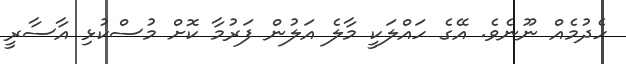
ހެދުމެއް ނޫނެވެ. އޭގެ ހައްލަކީ މާލެ އަލުން ފަރުމާ ކޮށް މުސްކުޅި އާސާރީ